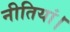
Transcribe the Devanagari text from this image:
नीतियां।